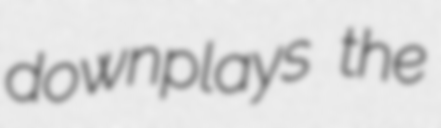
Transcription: downplays the